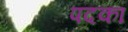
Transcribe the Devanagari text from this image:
पदका